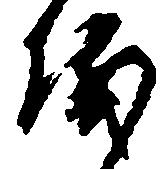
儀